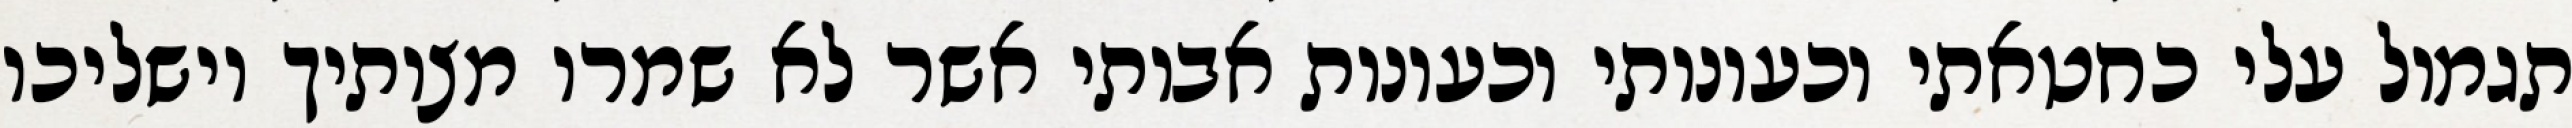
תגמול עלי כחטאתי וכעונותי וכעונות אבותי אשר לא שמרו מצותיך וישליכו